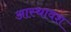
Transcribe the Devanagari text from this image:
आस्थावश